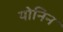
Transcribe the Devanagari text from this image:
योनिन